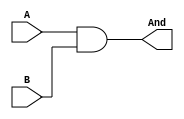
module And32b (
    input [31:0] A, B,
    output [31:0] And
);
    assign And = A & B;

endmodule